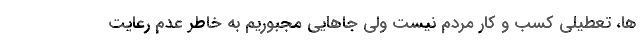
ها، تعطیلی کسب و کار مردم نیست ولی جاهایی مجبوریم به خاطر عدم رعایت